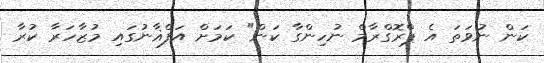
ކަން ނުވަތަ އެ ޕްރޮގްރާމް ނުހިންގާ ކަން" ކަމަށް އަފްޣާނުގައި މުޒާހަރާ ކުރާ